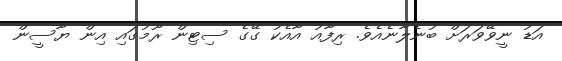
އަޑު ނީވޭވަރަށް ބުނެލާނެއެވެ. ރިފާއު އާއެކު ގޭގެ ސިޓިން ރޫމުގައި އިން ޔާސީން